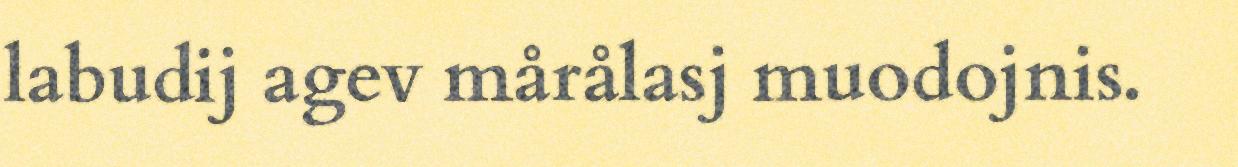
labudij agev mårålasj muodojnis.